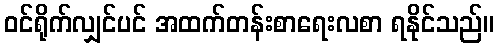
ဝင်ရိုက်လျှင်ပင် အထက်တန်းစာရေးလစာ ရနိုင်သည်။